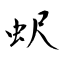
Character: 蚇